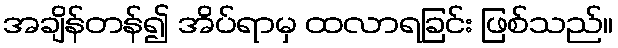
အချိန်တန်၍ အိပ်ရာမှ ထလာရခြင်း ဖြစ်သည်။